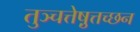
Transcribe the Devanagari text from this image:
तुञ्चत्तेष़ुत्तच्छन